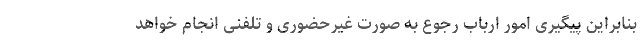
بنابراین پیگیری امور ارباب رجوع به صورت غیرحضوری و تلفنی انجام خواهد